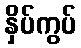
နှိပ်ကွပ်